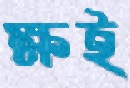
ক্ষই